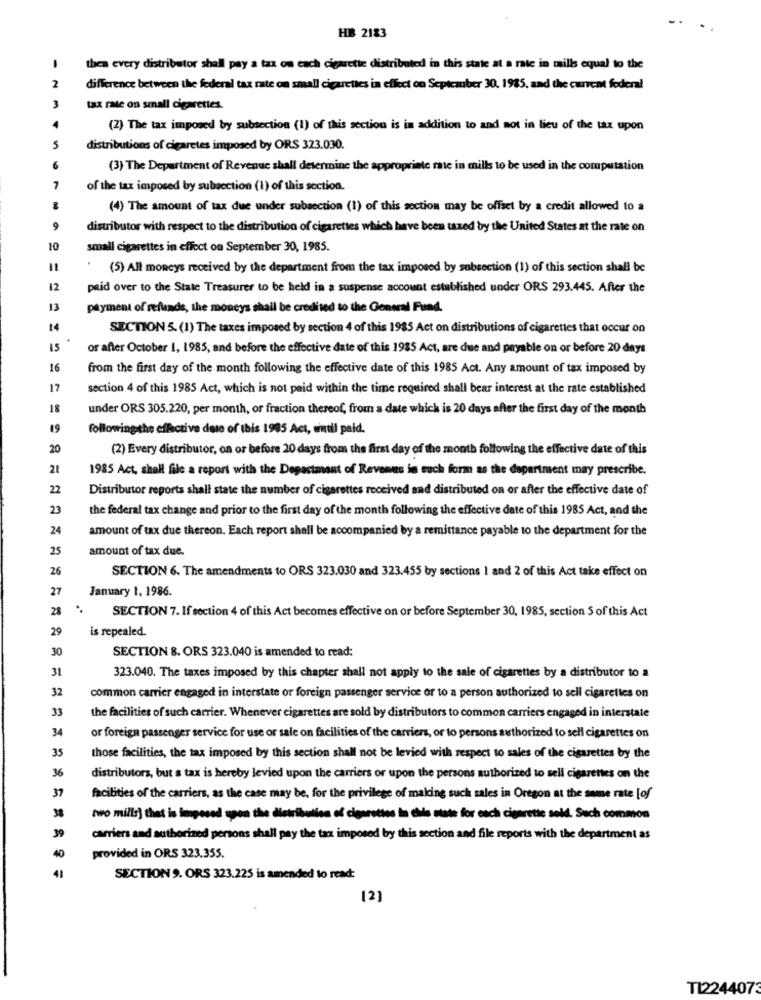
HB 2183
then every distributor shall pay a tax on each cigarette distributed in this state at a rate in mills equal to the
2
difference between the federal tax rate on small cigarettes in effect on September 30. 1985, and the current federal
tax rate on small cigarettes.
(2) The tax imposed by subsection (1) of this section is in addition to and not in lieu of the tax upon
S
distributions of cigaretes imposed by ORS 323.030.
(3) The Department of Revenue shall determine the appropriate rate in mills to be used in the computation
7
of the tax imposed by subsection (1) of this section.
(4) The amount of tax due under subsection (1) of this section may be offset by a credit allowed to a
distributor with respect to the distribution of cigarettes which have been taxed by the United States at the rate on
10
small cigarettes in effect on September 30, 1985.
11
(5) All moneys received by the department from the tax imposed by subsection (1) of this section shall be
12
paid over to the State Treasurer to be held in a suspense account established under ORS 293.445. After the
13
payment of refunds, the moneys shall be credited to the General Fund.
14
SECTION 5. (1) The taxes imposed by section 4 of this 1985 Act on distributions of cigarettes that occur on
15
or after October 1, 1985, and before the effective date of this 1985 Act, are due and payable on or before 20 days
16
from the first day of the month following the effective date of this 1985 Act. Any amount of tax imposed by
17
section 4 of this 1985 Act, which is not paid within the time required shall bear interest at the rate established
18
under ORS 305.220, per month, or fraction thereof, from a date which is 20 days after the first day of the month
19
followingthe effective date of this 1985 Act, wwoll paid.
20
(2) Every distributor, on or before 20 days from the first day of the month following the effective date of this
22
1985 Act, shall file a report with the Department of Revenus in such form as the department may prescribe.
22
Distributor reports shall state the number of cigarettes received and distributed on or after the effective date of
23
the federal tax change and prior to the first day of the month following the effective date of this 1985 Act, and the
24
amount of tax due thereon. Each report shall be accompanied by a remittance payable to the department for the
25
amount of tax due.
26
SECTION 6. The amendments to ORS 323.030 and 323.455 by sections 1 and 2 of this Act take effect on
27
January 1, 1986.
28
SECTION 7. If section 4 of this Act becomes effective on or before September 30, 1985, section 5 of this Act
29
is repealed.
30
SECTION 8. ORS 323.040 is amended to read:
31
323.040. The taxes imposed by this chapter shall not apply to the sale of cigarettes by a distributor to a
32
common carrier engaged in interstate or foreign passenger service or to a person authorized to sell cigarettes on
33
the facilities of such carrier. Whenever cigarettes are sold by distributors to common carriers engaged in interstate
34
or foreign passenger service for use or sale on facilities of the carriers, or to persons authorized to sell cigarettes on
35
those facilities, the tax imposed by this section shall not be levied with respect to sales of the cigarettes by the
36
distributors, but a tax is hereby levied upon the carriers or upon the persons authorized to sell cigarettes on the
37
facilities of the carriers, as the case may be, for the privilege of making such sales in Oregon at the same rate [of
38
two mills] that is imposed upon the distribution of cigarettes in this state for each cigarette sold. Such common
39
carriers and authorized persons shall pay the tax imposed by this section and file reports with the department as
40
provided in ORS 323.355.
41
SECTION 9. ORS 323.225 is amended to read:
TI2244073